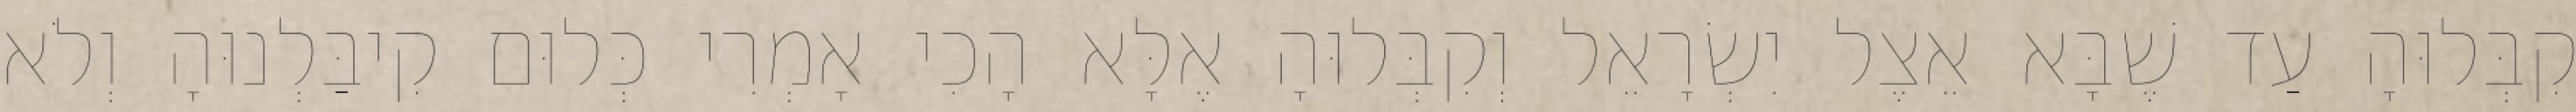
קִבְּלוּהָ עַד שֶׁבָּא אֵצֶל יִשְׂרָאֵל וְקִבְּלוּהָ אֶלָּא הָכִי אָמְרִי כְּלוּם קִיבַּלְנוּהָ וְלֹא